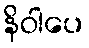
နိဝါပေ